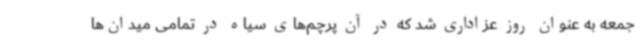
جمعه به عنوان روز عزاداری شد که در آن پرچم‌های سیاه در تمامی میدان‌ها